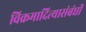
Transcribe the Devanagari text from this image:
विक्रमादित्यासंबंधी